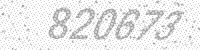
Solution: 820673